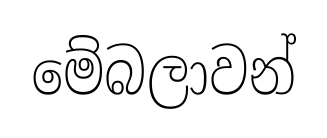
මේබලාවන්